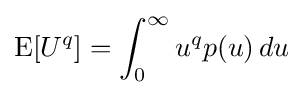
\operatorname {E} [U^{q}]=\int _{0}^{\infty }u^{q}p(u)\,du